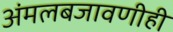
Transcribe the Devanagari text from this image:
अंमलबजावणीही